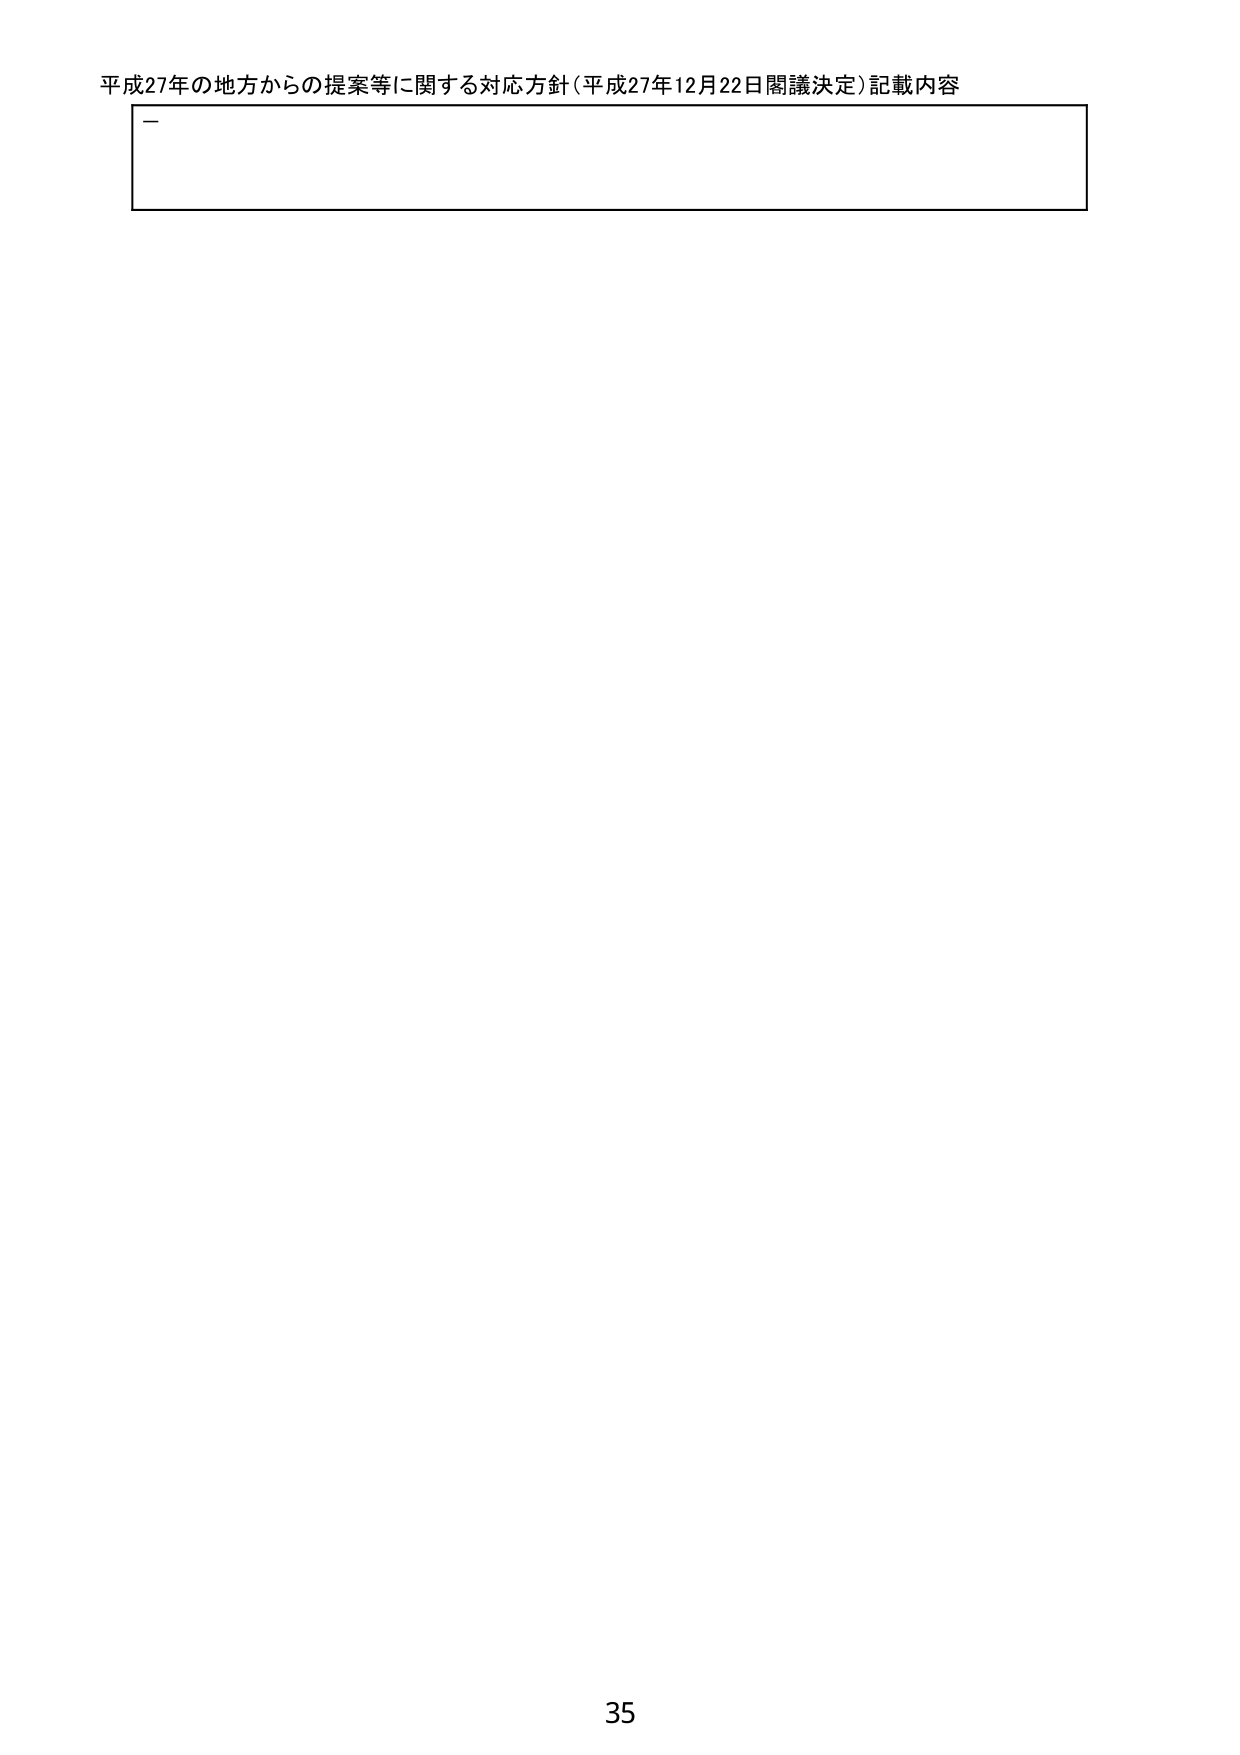
平成27年の地方からの提案等に関する対応方針（平成27年12月22日閣議決定）記載内容
ー
35